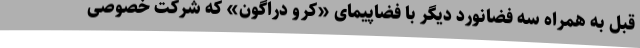
قبل به همراه سه فضانورد دیگر با فضاپیمای «کرو دراگون» که شرکت خصوصی